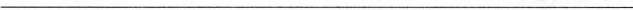
___